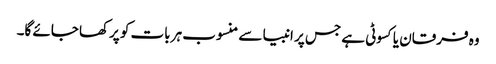
وہ فرقان یا کسوٹی ہے جس پر انبیا سے منسوب ہر بات کو پرکھا جائے گا۔